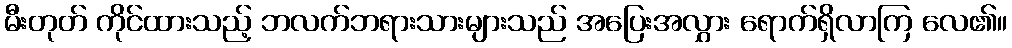
မီးတုတ် ကိုင်ထားသည့် ဘလက်ဘရားသားများသည် အပြေးအလွှား ရောက်ရှိလာကြ လေ၏။